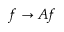
f \to A f